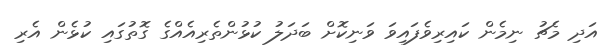
އަދި މެޗު ނިމެން ކައިރިވެފައިވަ ވަނިކޮށް ބަދަލު ކުޅުންތެރިއެއްގެ ގޮތުގައި ކުޅެން އެރި